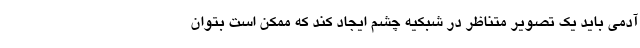
آدمی باید یک تصویر متناظر در شبکیه چشم ایجاد کند که ممکن است بتوان